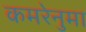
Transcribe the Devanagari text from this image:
कमरेनुमा